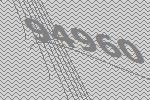
94960